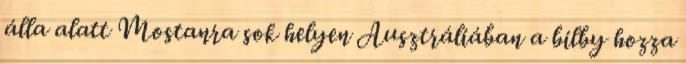
álla alatt Mostanra sok helyen Ausztráliában a bilby hozza